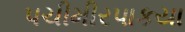
પચીમીરપાકયા